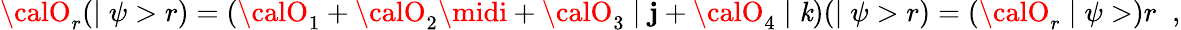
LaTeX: {\calO}_{r}(\mid\psi>r)=({\calO}_{1}+{\calO}_{2}\midi+{\calO}_{3}\mid\mathbf{j}+{\calO}_{4}\mid\mathit{k})(\mid\psi>r)=({\calO}_{r}\mid\psi>)r\; \; ,